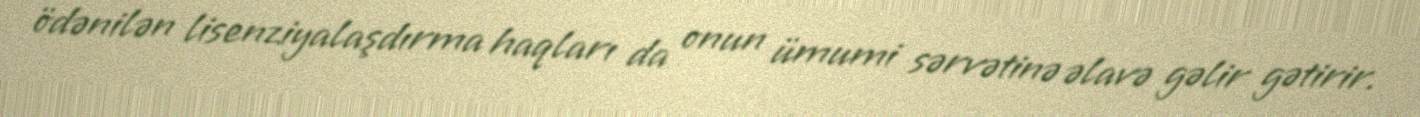
ödənilən lisenziyalaşdırma haqları da onun ümumi sərvətinə əlavə gəlir gətirir.